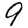
Digit: 9